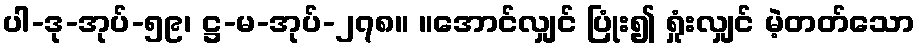
ပါ-ဒု-အုပ်-၅၉၊ ဋ္ဌ-မ-အုပ်-၂၇၈။ ။အောင်လျှင် ပြုံး၍ ရှုံးလျှင် မဲ့တတ်သော